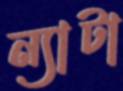
ন্যাটা